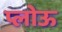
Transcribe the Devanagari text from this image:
प्लोऊ